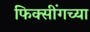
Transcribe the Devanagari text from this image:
फिक्सींगच्या